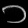
Digit: ၁